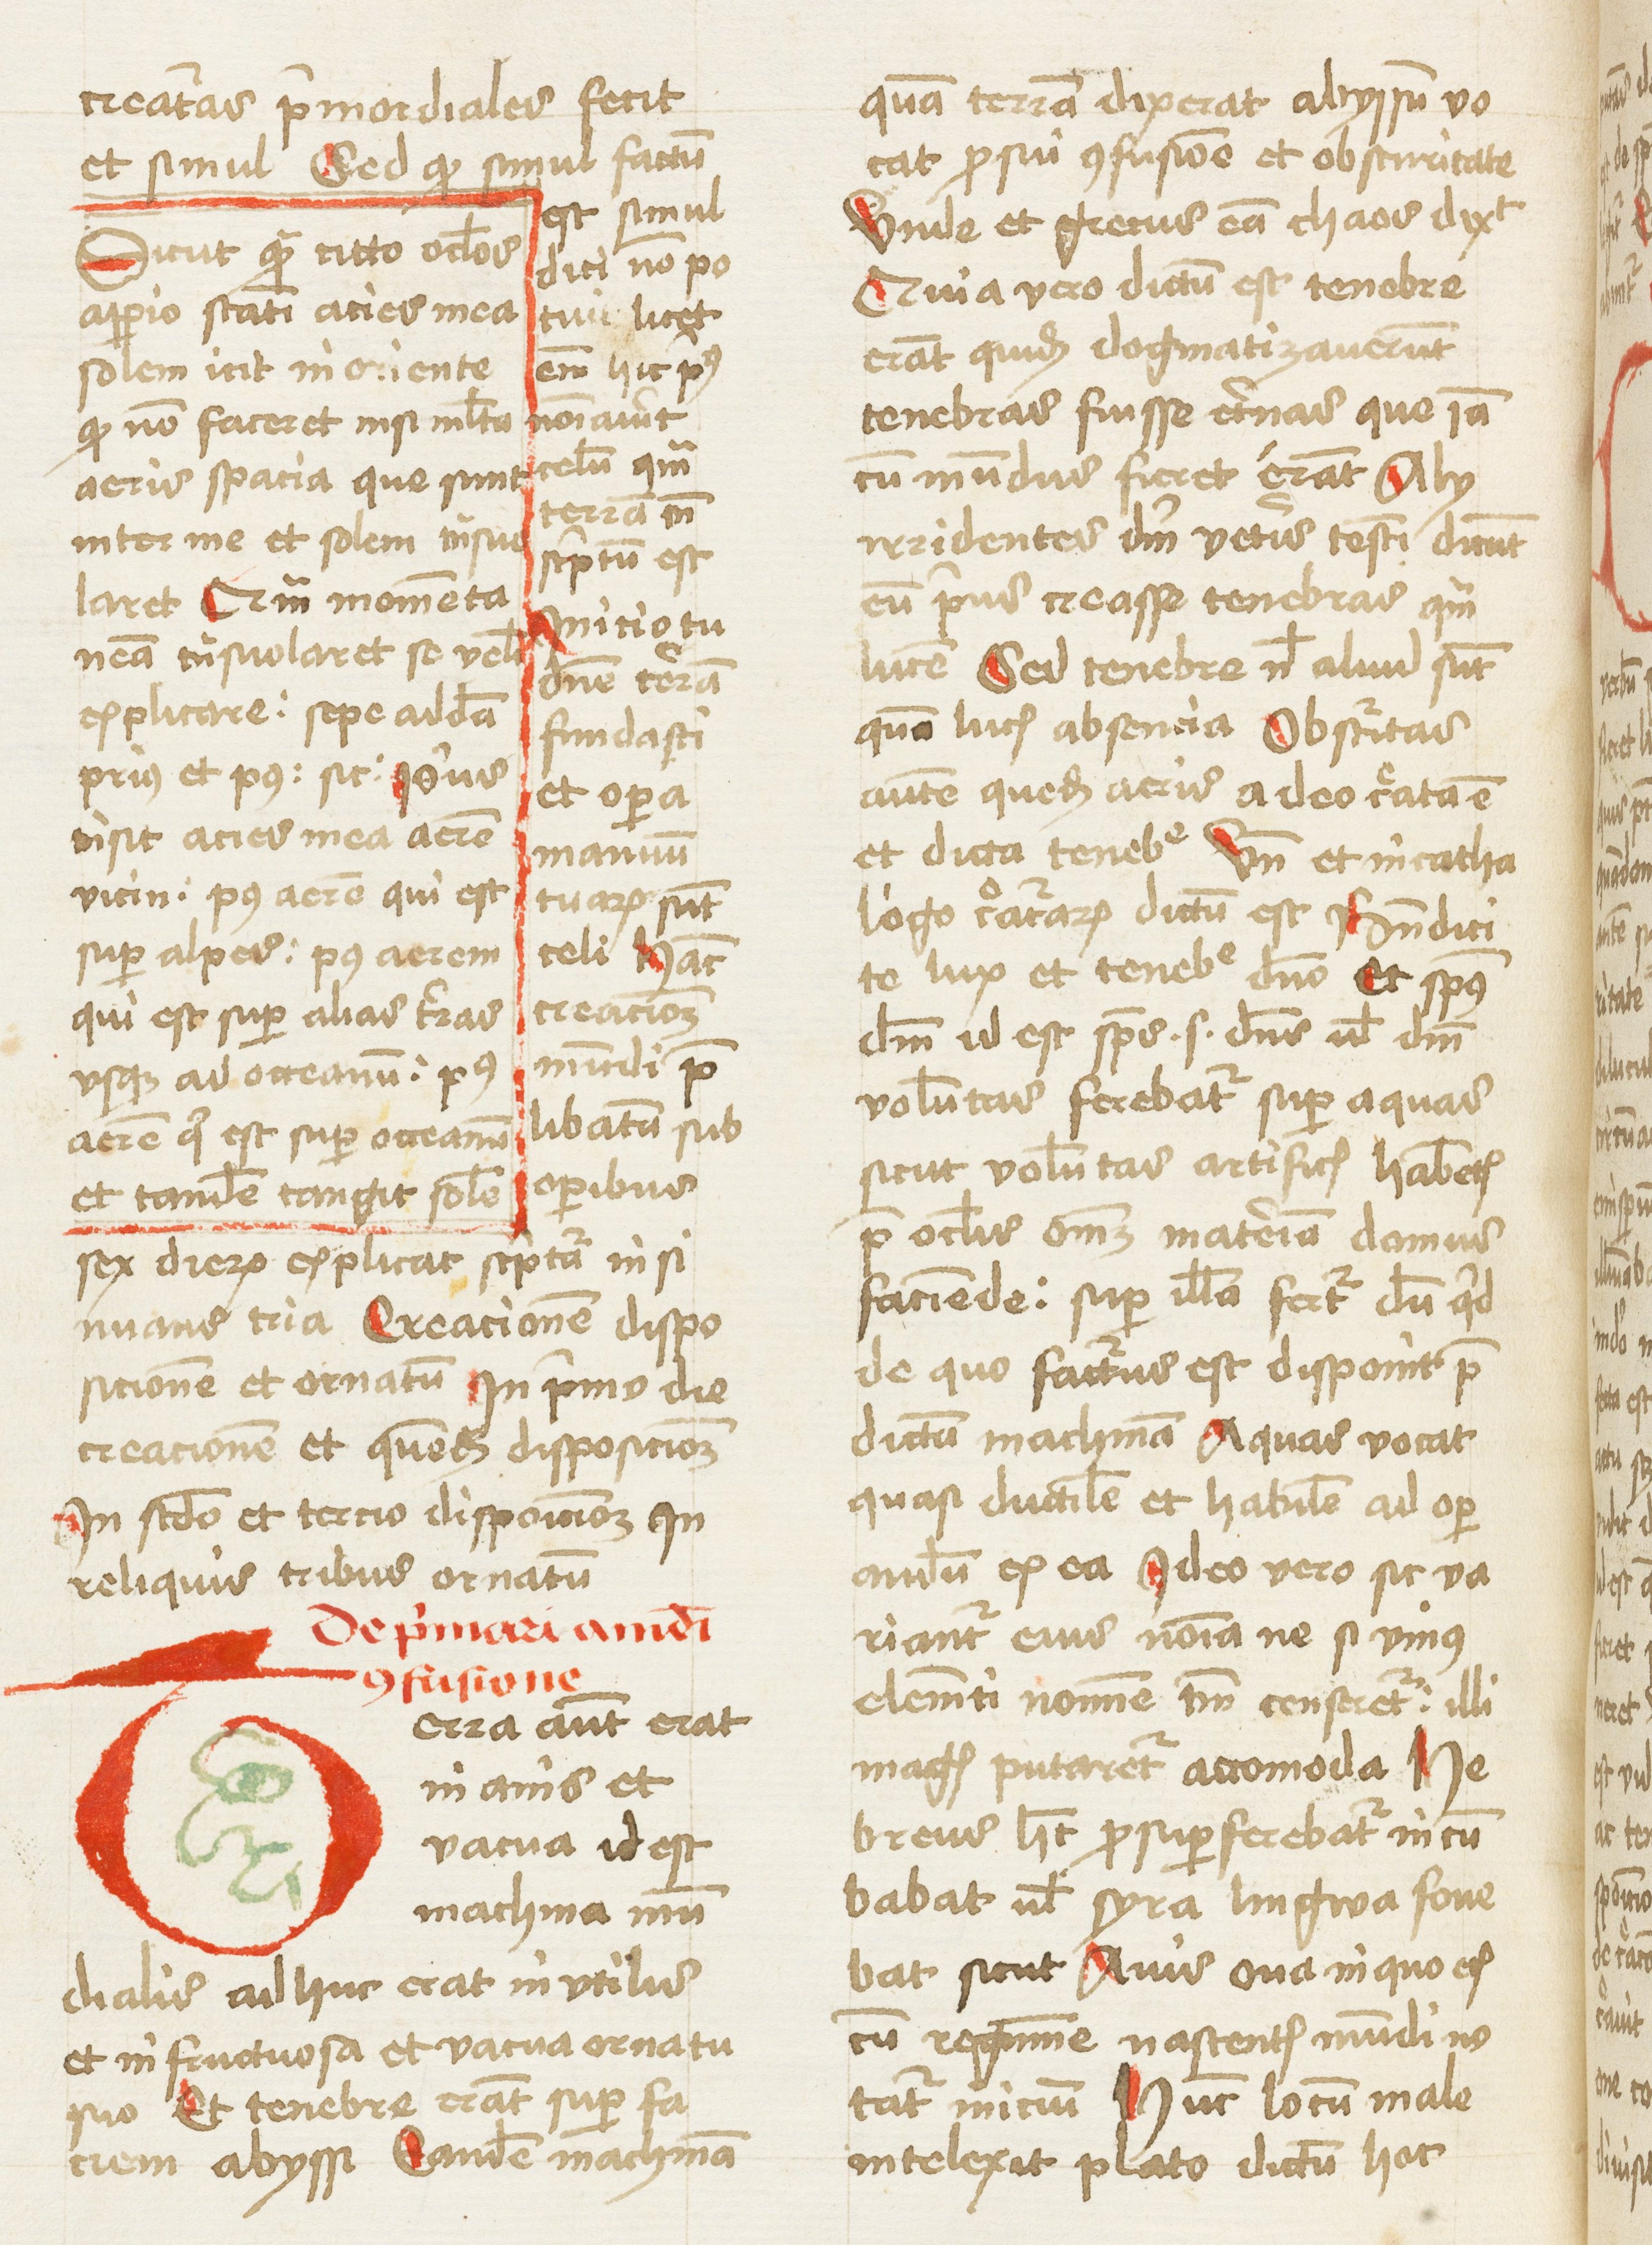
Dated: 1459–1461